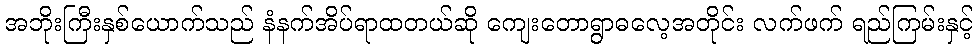
အဘိုးကြီးနှစ်ယောက်သည် နံနက်အိပ်ရာထတယ်ဆို ကျေးတောရွာဓလေ့အတိုင်း လက်ဖက် ရည်ကြမ်းနှင့်